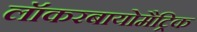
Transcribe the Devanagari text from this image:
लॉकरबायोमैट्रिक